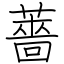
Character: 薔